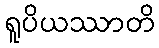
ရူပိယဿာတိ